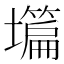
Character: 𡒺